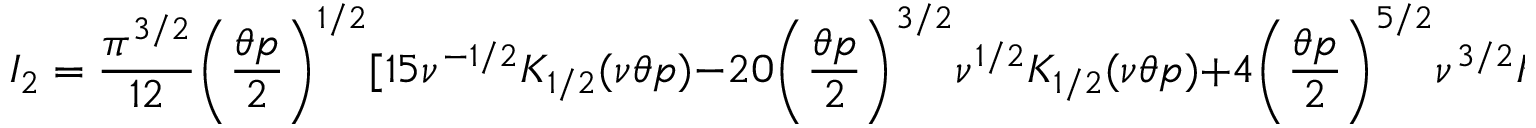
I _ { 2 } = \frac { \pi ^ { 3 / 2 } } { 1 2 } \biggl ( \frac { \theta p } { 2 } \biggr ) ^ { 1 / 2 } [ 1 5 \nu ^ { - 1 / 2 } K _ { 1 / 2 } ( \nu \theta p ) - 2 0 \biggl ( \frac { \theta p } { 2 } \biggr ) ^ { 3 / 2 } \nu ^ { 1 / 2 } K _ { 1 / 2 } ( \nu \theta p ) + 4 \biggl ( \frac { \theta p } { 2 } \biggr ) ^ { 5 / 2 } \nu ^ { 3 / 2 } K _ { 3 / 2 } ( \nu \theta p ) ] ,